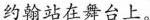
约翰站在舞台上。